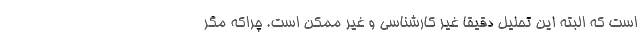
است که البته این تحلیل دقیقا غیر کارشناسی و غیر ممکن است. چراکه مگر